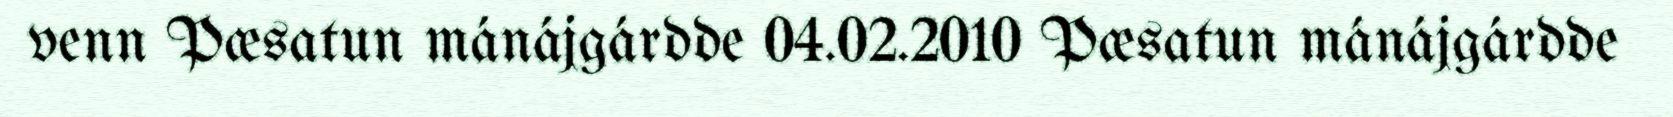
venn Pæsatun mánájgárdde 04.02.2010 Pæsatun mánájgárdde